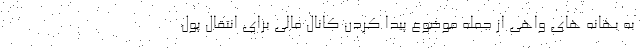
به بهانه های واهی از جمله موضوع پیدا کردن کانال مالی برای انتقال پول